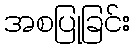
အစပြုခြင်း